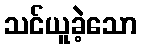
သင်ယူခဲ့သော